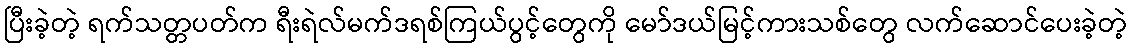
ပြီးခဲ့တဲ့ ရက်သတ္တပတ်က ရီးရဲလ်မက်ဒရစ်ကြယ်ပွင့်တွေကို မော်ဒယ်မြင့်ကားသစ်တွေ လက်ဆောင်ပေးခဲ့တဲ့